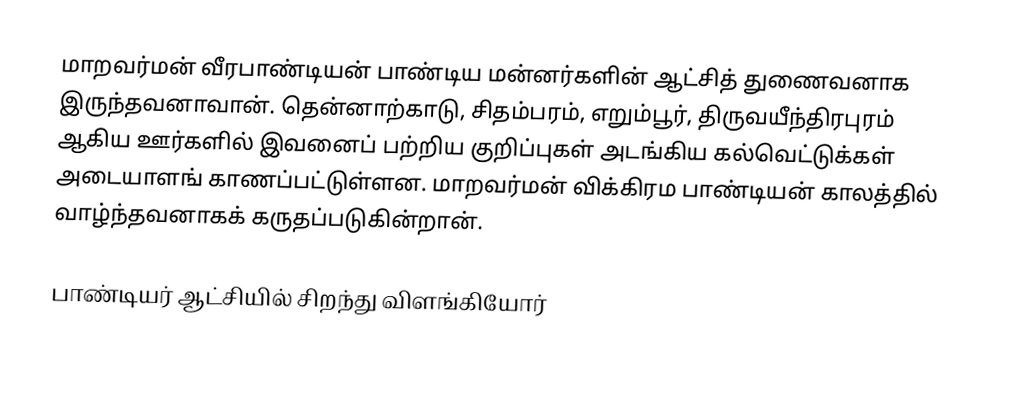
மாறவர்மன் வீரபாண்டியன் பாண்டிய மன்னர்களின் ஆட்சித் துணைவனாக இருந்தவனாவான். தென்னாற்காடு, சிதம்பரம், எறும்பூர், திருவயீந்திரபுரம் ஆகிய ஊர்களில் இவனைப் பற்றிய குறிப்புகள் அடங்கிய கல்வெட்டுக்கள் அடையாளங் காணப்பட்டுள்ளன. மாறவர்மன் விக்கிரம பாண்டியன் காலத்தில் வாழ்ந்தவனாகக் கருதப்படுகின்றான்.

பாண்டியர் ஆட்சியில் சிறந்து விளங்கியோர்